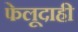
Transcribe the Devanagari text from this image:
फेलूदाही